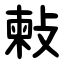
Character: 㪝